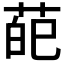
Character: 𦲠